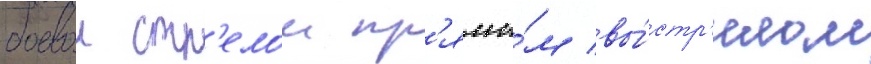
боевои стр'елои пр'ямы́м вы́стр'елом